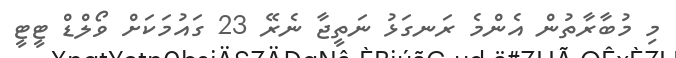
މި މުބާރާތުން އެންމެ ރަނގަޅު ނަތީޖާ ނެރޭ 23 ގައުމަކަށް ވޯލްޑް ޓީޓީ